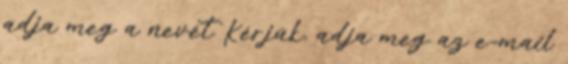
adja meg a nevét Kérjük, adja meg az e-mail